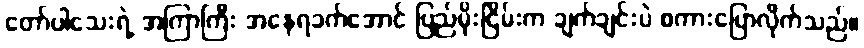
တော်ပါသေးရဲ့ အကြာကြီး အနေရခက်အောင် ပြည်မိုးငြိမ်းက ချက်ချင်းပဲ စကားပြောလိုက်သည်။